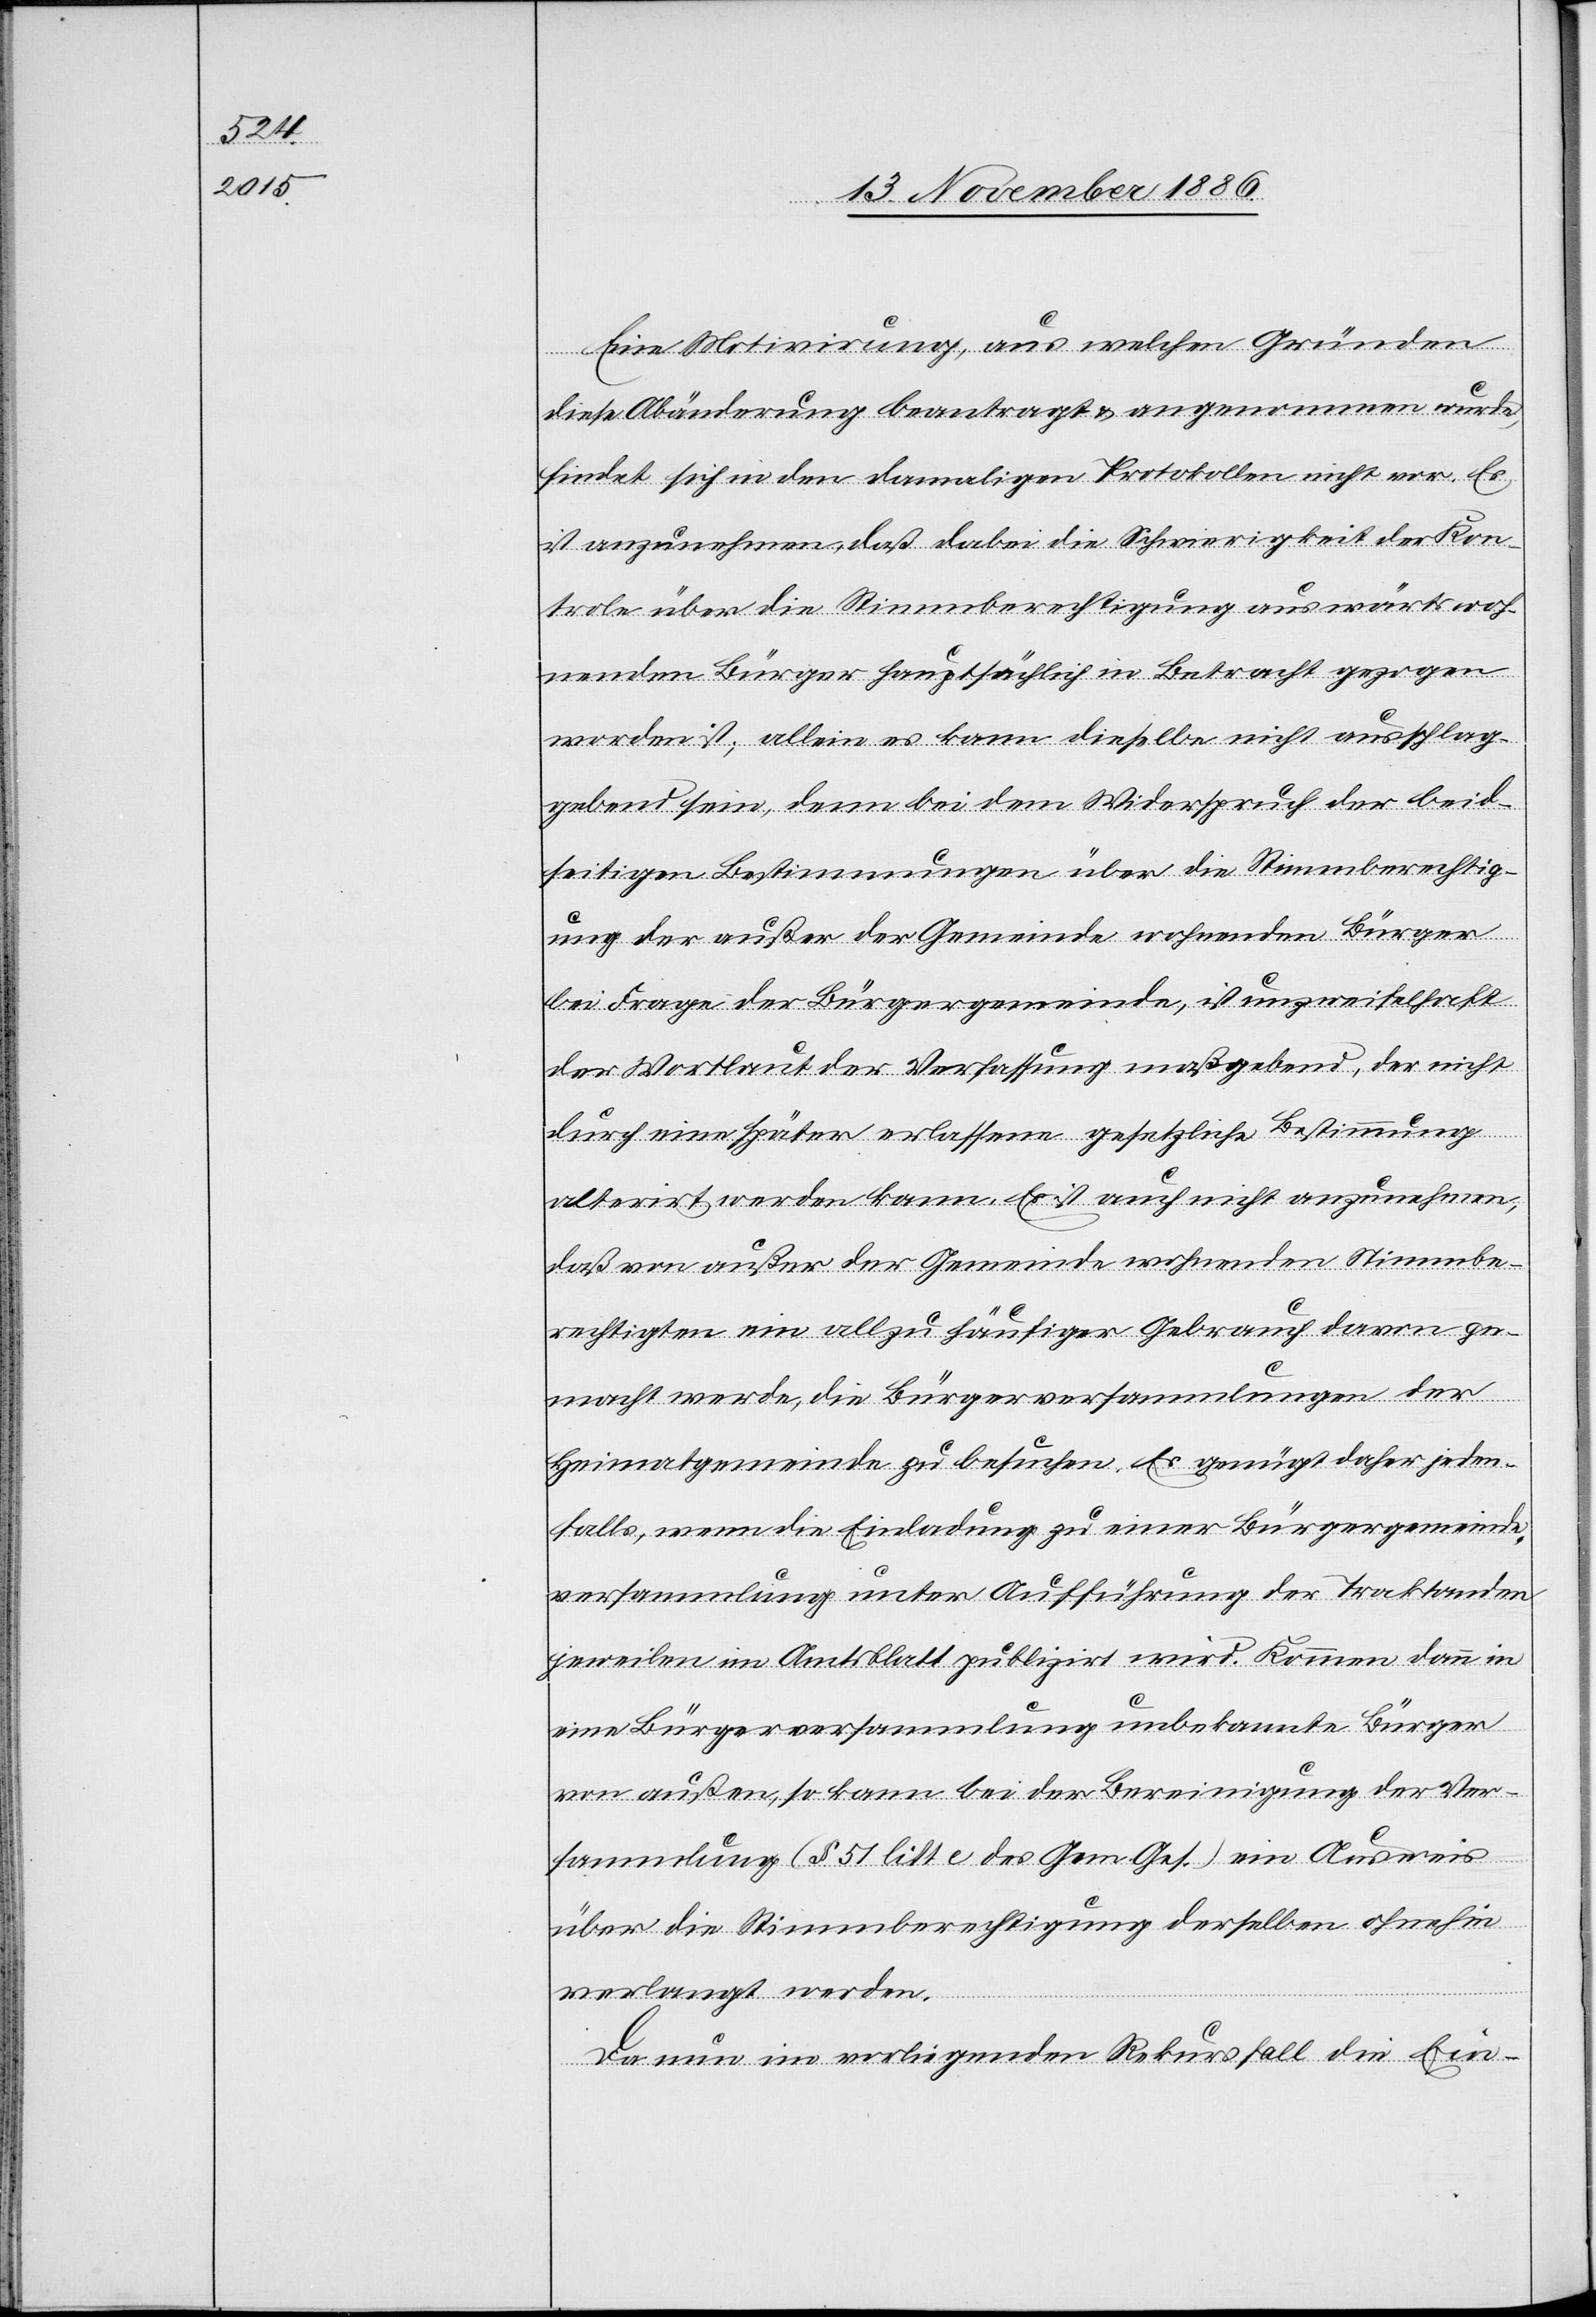
Eine Motivirung, aus welchen Gründen
diese Abänderung beantragt & angenommen wurde,
findet sich in den damaligen Protokollen nicht vor. Es
ist anzunehmen, daß dabei die Schwierigkeit der Kon¬
trole über die Stimmberechtigung auswärts wohn¬
enden [sic!] Bürger hauptsächlich in Betracht gezogen
worden ist; allein es kann dieselbe nicht ausschlag¬
gebend sein, denn bei dem Widerspruch der beid¬
seitigen Bestimmungen über die Stimmberechtig¬
ung der außer der Gemeinde wohnenden Bürger
bei Frage der Bürgergemeinde, ist unzweifelhaft
der Wortlaut der Verfassung maßgebend, der nicht
durch eine später erlassene gesetzliche Bestimmung
alterirt werden kann. Es ist auch nicht anzunehmen,
daß von außer der Gemeinde wohnenden Stimmbe¬
rechtigten ein allzu häufiger Gebrach davon ge¬
macht werde, die Bürgerversammlungen der
Heimatgemeinde zu besuchen. Es genügt daher jeden¬
falls, wenn die Einladung zu einer Bürgergemeinde¬
versammlung unter Aufführung der Traktanden
jeweilen im Amtsblatt publizirt wird. Kommen dann in
eine Bürgerversammlung unbekannte Bürger
von außen, so kann bei der Bereinigung der Ver¬
sammlung (§ 51 litt. c des Gem. Ges.) ein Ausweis
über die Stimmberechtigung derselben ohnehin
verlangt werden.
Da nun im vorliegenden Rekursfall die Ein-